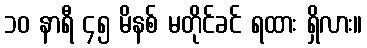
၁၀ နာရီ ၄၅ မိနစ် မတိုင်ခင် ရထား ရှိလား။